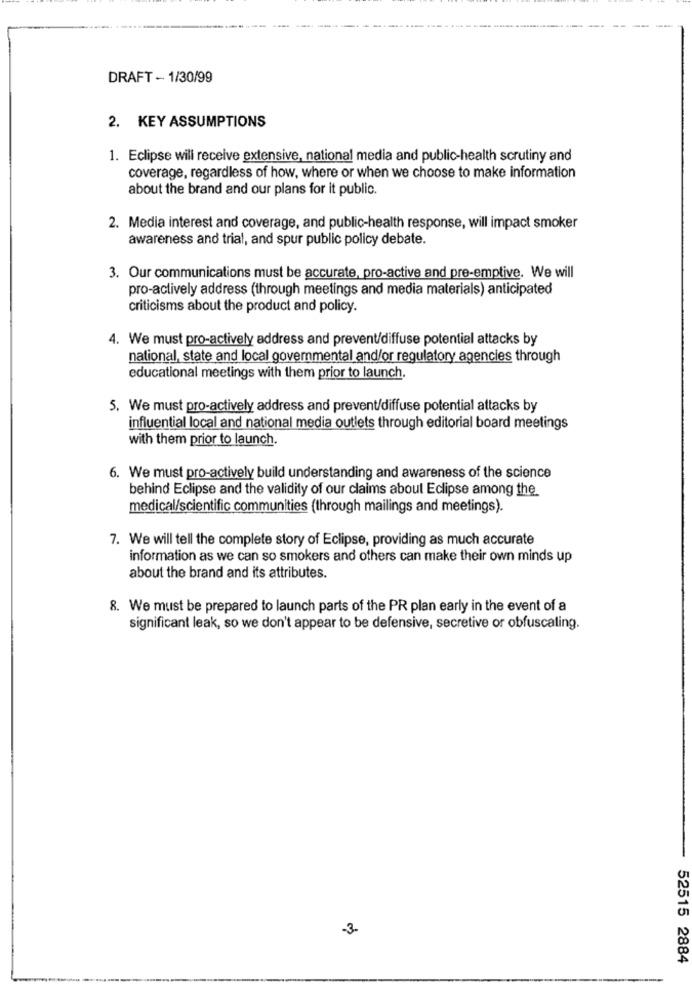
DRAFT - 1/30/99
2. KEY ASSUMPTIONS
1. Eclipse will receive extensive, national media and public-health scrutiny and
coverage, regardless of how, where or when we choose to make information
about the brand and our plans for it public.
2. Media interest and coverage, and public-health response, will impact smoker
awareness and trial, and spur public policy debate.
3. Our communications must be accurate, pro-active and pre-emptive. We will
pro-actively address (through meetings and media materials) anticipated
criticisms about the product and policy.
4. We must pro-actively address and prevent/diffuse potential attacks by
national, state and local governmental and/or regulatory agencies through
educational meetings with them prior to launch.
5. We must pro-actively address and prevent/diffuse potential attacks by
influential local and national media outlets through editorial board meetings
with them prior to launch.
6. We must pro-actively build understanding and awareness of the science
behind Eclipse and the validity of our claims about Eclipse among the
medical/scientific communities (through mailings and meetings).
7. We will tell the complete story of Eclipse, providing as much accurate
information as we can so smokers and others can make their own minds up
about the brand and its attributes.
8. We must be prepared to launch parts of the PR plan early in the event of a
significant leak, so we don't appear to be defensive, secretive or obfuscaling.
-3-
52515 2884